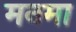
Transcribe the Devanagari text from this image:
मनमा